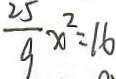
\frac { 2 5 } { 9 } x ^ { 2 } = 1 6